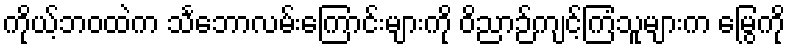
ကိုယ့်ဘဝထဲက သင်္ဘောလမ်းကြောင်းများကို ဝိညာဉ်ကျင့်ကြံသူများက မြွေကို